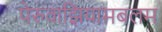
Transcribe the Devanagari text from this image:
पेरुवाझियामबलम